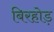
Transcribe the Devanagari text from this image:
बिरहोड़